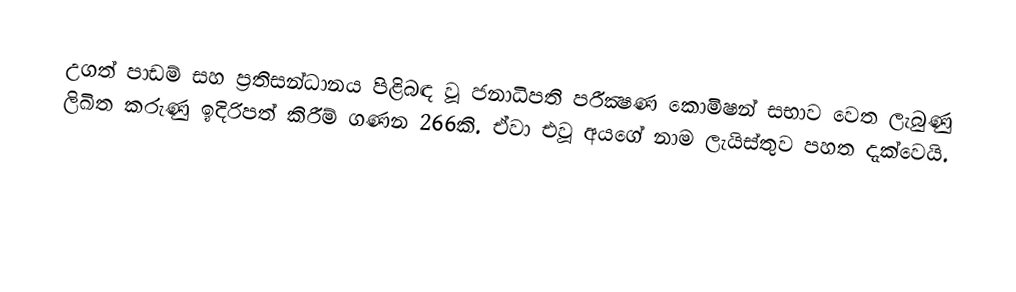
උගත් පාඩම් සහ ප්‍රතිසන්ධානය පිළිබඳ වූ ජනාධිපති පරීක්‍ෂණ කොමිෂන් සභාව වෙත ලැබුණු ලිඛිත කරුණු ඉදිරිපත් කිරීම් ගණන 266කි. ඒවා එවූ අයගේ නාම ලැයිස්තුව පහත දැක්වෙයි.